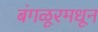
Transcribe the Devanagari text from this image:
बंगळूरमधून